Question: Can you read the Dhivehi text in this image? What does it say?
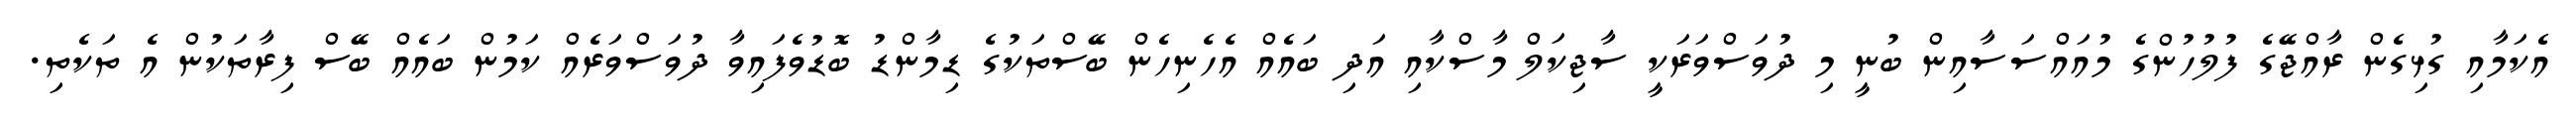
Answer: އެކަމާއި ގުޅިގެން ރާއްޖޭގެ ފުލުހުންގެ މުއައްސަސާއިން ބުނީ މި ދުވަސްވަރަކީ ސާޖިކަލް މާސްކާއި އަދި ބައެއް އެހެނިހެން ބޭސްތަކުގެ ޑިމާންޑު ބޮޑުވެފައިވާ ދުވަސްވަރެއް ކަމުން ބައެއް ބޭސް ފިރާތަކުން އެ ތަކެތި.